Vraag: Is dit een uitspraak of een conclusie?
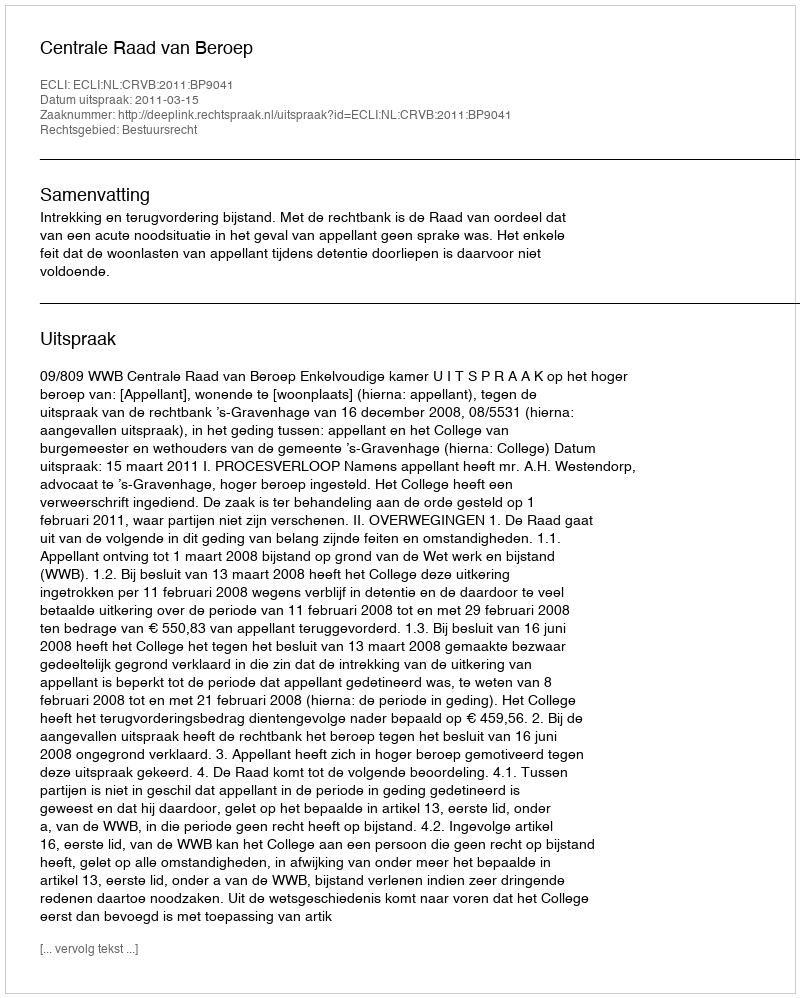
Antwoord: Uitspraak